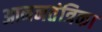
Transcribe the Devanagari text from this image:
आननतंत्रिका